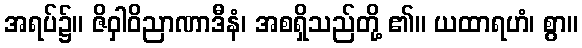
အရပ်၌။ ဇိဝှါဝိညာဏာဒီနံ၊ အစရှိသည်တို့ ၏။ ယထာရဟံ၊ စွာ။